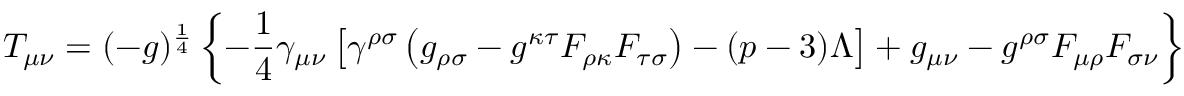
T _ { \mu \nu } = ( - g ) ^ { \frac { 1 } { 4 } } \left\{ - \frac { 1 } { 4 } \gamma _ { \mu \nu } \left[ \gamma ^ { \rho \sigma } \left( g _ { \rho \sigma } - g ^ { \kappa \tau } F _ { \rho \kappa } F _ { \tau \sigma } \right) - ( p - 3 ) \Lambda \right] + g _ { \mu \nu } - g ^ { \rho \sigma } F _ { \mu \rho } F _ { \sigma \nu } \right\} .